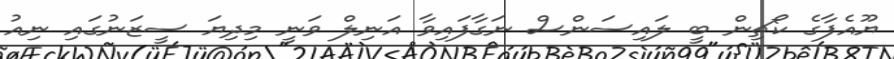
ޔޫއެފާގެ ކޯޗިން ބީ ލައިސަންސް ނަގާފައިވާ އަނިލް ވަނީ މިދިޔަ ސީޒަނުގައި ނިއު